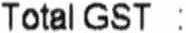
TOTAL GST :